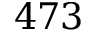
4 7 3